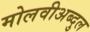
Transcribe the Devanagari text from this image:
मोलवीअब्दुल